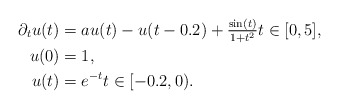
\begin{align*} \partial_{t} u(t) &= a u(t) - u(t - 0.2) + \tfrac{\sin(t)}{1 + t^2} t \in [0, 5], \\ u(0) &= 1, \\ u(t) &= e^{-t} t \in [-0.2, 0). \end{align*}